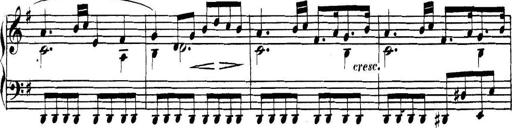
Title: Collected Piano Sonatas
Composer: Muzio Clementi